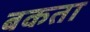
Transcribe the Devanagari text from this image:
बकता